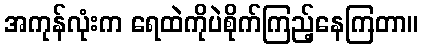
အကုန်လုံးက ရေထဲကိုပဲစိုက်ကြည့်နေကြတာ။